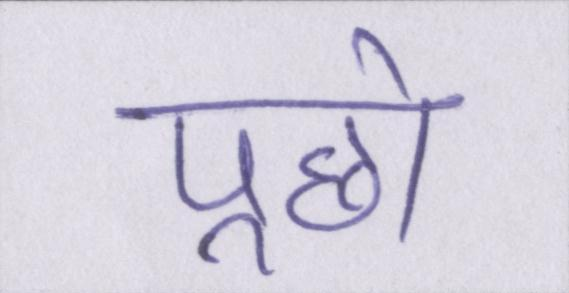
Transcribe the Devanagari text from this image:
पूछो